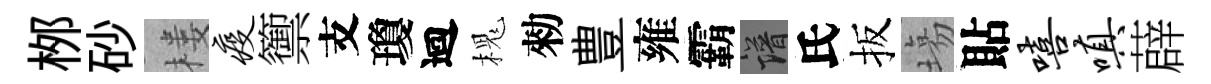
桞砂楼疫籞支瓊迴槐勑豊雍霸譜氏扳塲貼嘻嗔薜